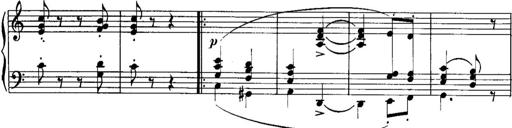
Title: Piano Sonatina No.1, Op.146
Composer: Stephen Heller